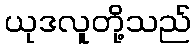
ယုဒလူတို့သည်